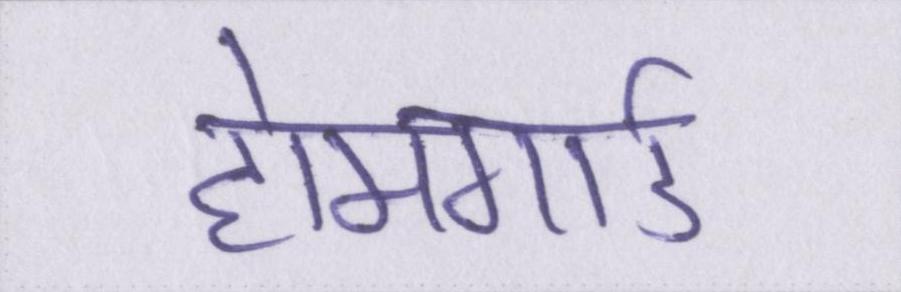
होमगार्ड